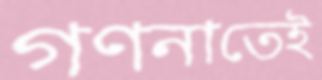
গণনাতেই